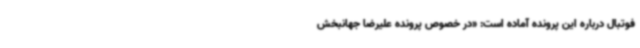
فوتبال درباره این پرونده آماده است: «در خصوص پرونده علیرضا جهانبخش